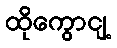
ထိုကွောငျ့